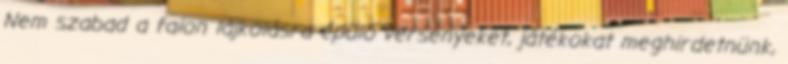
Nem szabad a falon lájkolásra épülő versenyeket, játékokat meghirdetnünk,